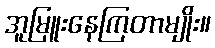
အူမြူးနေကြတာမျိုး။